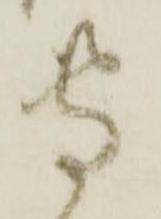
専